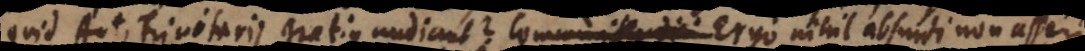
quid Antitrinitarii gratius audiunt? Communiter dici Ergo nihil absurdi non as